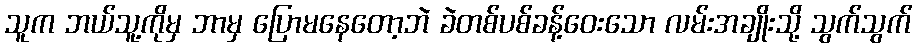
သူက ဘယ်သူ့ကိုမှ ဘာမှ ပြောမနေတော့ဘဲ ခဲတစ်ပစ်ခန့်ဝေးသော လမ်းအချိုးသို့ သွက်သွက်